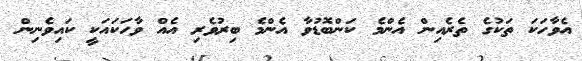
އެވާހަކަ ތަކުގެ ތެރެއިން އެންމެ ކަންބޮޑުވާ އެންމެ ބިރުވެރި އެއް ވާހަކައަކީ ކައިވެނިން